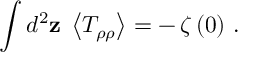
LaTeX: \int d ^ { 2 } { \bf z } \; \left< T _ { \rho \rho } \right> = - \, \zeta \, ( 0 ) \ .